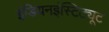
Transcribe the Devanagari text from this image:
इंडियनइंस्टिट्यूट